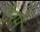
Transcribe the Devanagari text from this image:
देरमें